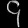
Digit: ၄